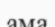
ама